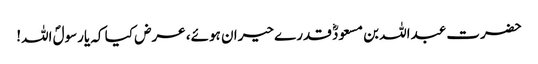
حضرت عبداللہ بن مسعودؓ قدرے حیران ہوئے، عرض کیا کہ یارسولؐ اللہ!